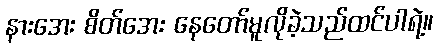
နားအေး စိတ်အေး နေတော်မူလိုခဲ့သည်ထင်ပါရဲ့။